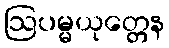
ဩပမ္မယုတ္တေန